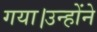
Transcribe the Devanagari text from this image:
गया।उन्होंने